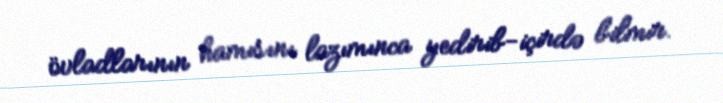
övladlarının hamısını lazımınca yedirib-içirdə bilmir.